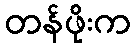
တန်ဖိုးက